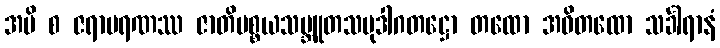
အပိ စ ဇရာမရဏဿ ဇာတိပစ္စယသမ္ဘူတသမုဒါဂတဋ္ဌော တထော အဝိတထော သင်္ခါရာနံ